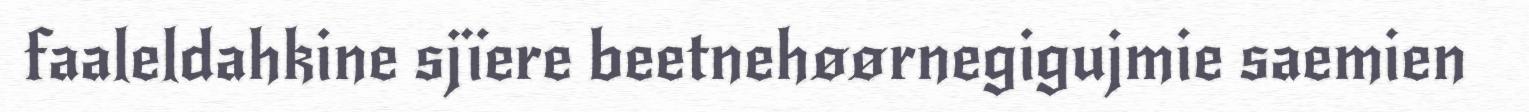
faaleldahkine sjïere beetnehøørnegigujmie saemien